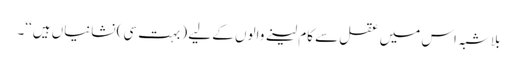
بِلاشبہ اس میں عقل سے کام لینے والوں کے لیے (بہت سی) نشانیاں ہیں‘‘۔